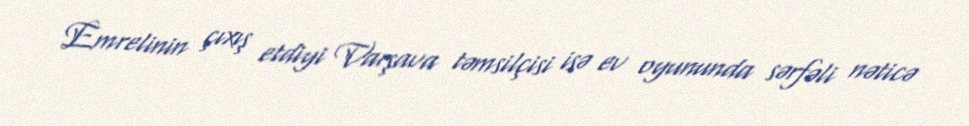
Emrelinin çıxış etdiyi Varşava təmsilçisi isə ev oyununda sərfəli nəticə